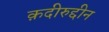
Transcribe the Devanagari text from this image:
क़दीरुद्दीन